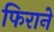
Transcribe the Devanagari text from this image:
फिराने